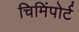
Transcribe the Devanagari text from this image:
चिमिंपोर्ट